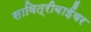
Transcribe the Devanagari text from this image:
सावित्रीबाईंवर